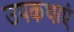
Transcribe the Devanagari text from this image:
उपकथाएं